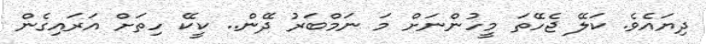
ދިޔައެވެ. ކަލޭ ޖެހޭތަ މީހުންނަށް މަ ނަމްބަރު ދޭން.. ކީކޭ ހިތަށް އަރައިގެން